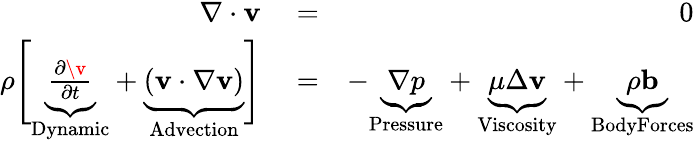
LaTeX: \begin{array}{rlr}{\nabla\cdot\mathbf{v}}&{{}=}&{0}\\ {\rho\Bigg[\underbrace{\frac{\partial\v}{\partial t}}_{\textrm{Dynamic}}+\underbrace{\vphantom{\frac{1}{\partial}}(\mathbf{v}\cdot\nabla\mathbf{v})}_{\textrm{Advection}}\Bigg]}&{{}=}&{-\underbrace{\nabla p}_{\textrm{Pressure}}+\underbrace{\mu\Delta\mathbf{v}}_{\textrm{Viscosity}}+\underbrace{\rho\mathbf{b}}_{\textrm{BodyForces}}}\end{array}